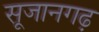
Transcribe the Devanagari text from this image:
सूजानगढ़